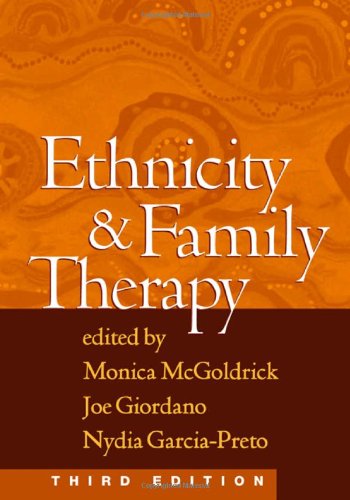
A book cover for Ethnicity and Family Therapy, Third Edition; Medical Books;